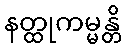
နတ္ထုကမ္မန္တိ